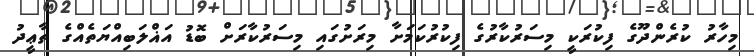
މިހާރު ކުރެންދޫގެ ފިކުރަކީ މިސަރުކާރުގެ ފިކުރުކަމަށާ މިރަށުގައި މިސަރުކާރަށް ބޮޑު އަޣްލަބިއްޔަތެއްގެ ތާޢީދު